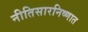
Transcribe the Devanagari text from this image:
नीतिसारनिष्णात